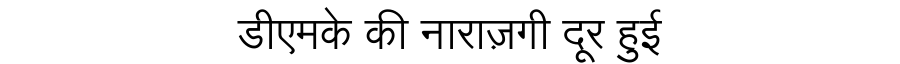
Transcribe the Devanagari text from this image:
डीएमके की नाराज़गी दूर हुई